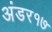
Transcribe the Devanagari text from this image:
अंडर१७